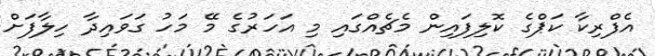
އެފްރިކާ ކަޕްގެ ކޮލިފައިން މެޗެއްގައި މި އަހަރުގެ މޭ މަހު ގަވައިދާ ހިލާފަށް